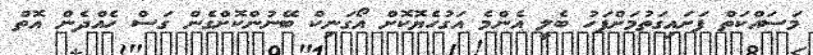
މަސައްކަތް ފަށައިގަތުމަށްފަހު ބެލީ އެންމެ އަގުހެޔޮކޮށް އޯގަނިކް ބޭނުންކޮށްގެން ގަސް ހެއްދެން އޮތް